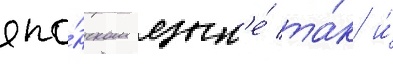
япо́нском язык'е́ та́к и́